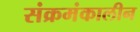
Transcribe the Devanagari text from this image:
संक्रमंकालीन